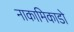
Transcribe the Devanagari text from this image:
नाकामिकाडो